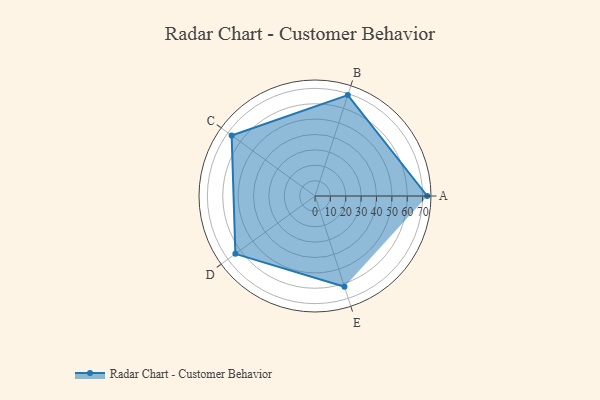
{"axis": {"x": "Skill", "y": "Score"}, "legend": ["Profile"], "data": [{"x": "A", "y": 73.0, "type": "Profile"}, {"x": "B", "y": 69.0, "type": "Profile"}, {"x": "C", "y": 67.0, "type": "Profile"}, {"x": "D", "y": 64.0, "type": "Profile"}, {"x": "E", "y": 62.0, "type": "Profile"}]}